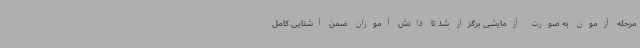
مرحله آزمون به صورت آزمایشی برگزار شد تا دانش آموزان ضمن آشنایی کامل